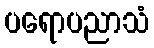
ပရောပညာသံ